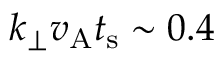
k _ { \perp } v _ { \mathrm { A } } t _ { \mathrm { s } } \sim 0 . 4